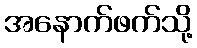
အနောက်ဖက်သို့